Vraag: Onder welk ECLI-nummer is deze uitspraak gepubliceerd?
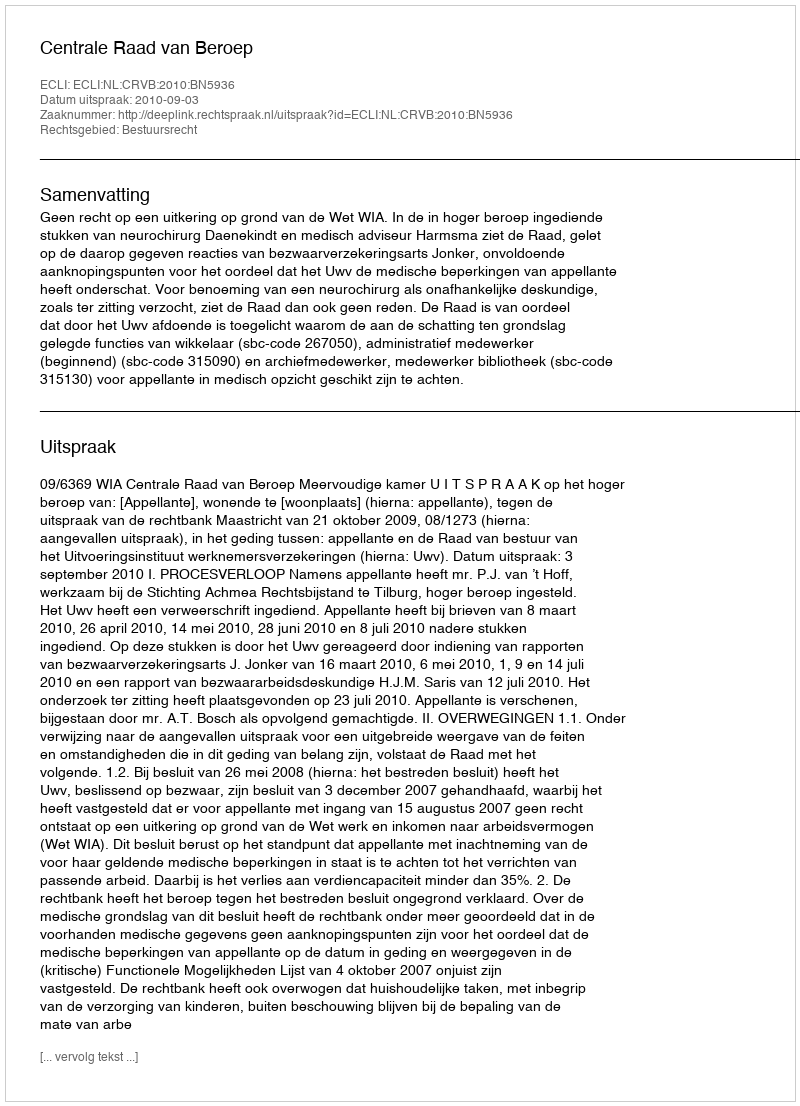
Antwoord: ECLI:NL:CRVB:2010:BN5936